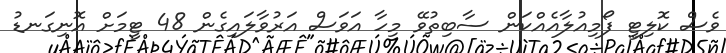
ވެސް ކޮލިޓީ ފޯމިއުލާއެއްކަން ސާބިތުވޭ މިހާ އަވަސް އަރުވާލައިގެން 48 ޓީމަށް އޮނިގަނޑު